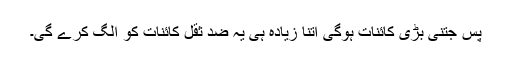
پس جتنی بڑی کائنات ہوگی اتنا زیادہ ہی یہ ضد ثقل کائنات کو الگ کرے گی۔